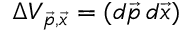
\Delta V _ { \vec { p } , \vec { x } } = ( d \vec { p } \, d \vec { x } )